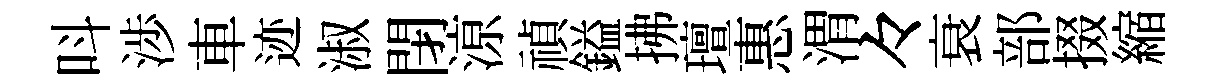
呌渉車迹淑閉鿌禎鎰拂璮惠渭々衰部掇縮